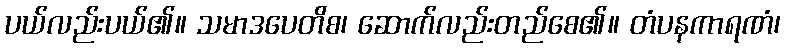
ပယ်လည်းပယ်၏။ သမာဒပေတိစ၊ ဆောက်လည်းတည်စေ၏။ တံပနကာရဏံ၊